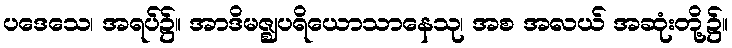
ပဒေသေ၊ အရပ်၌။ အာဒိမဇ္ဈပရိယောသာနေသု၊ အစ အလယ် အဆုံးတို့၌။